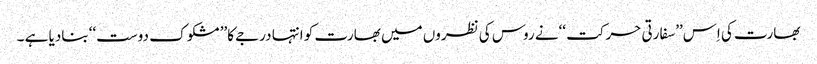
بھارت کی اِس’’سفارتی حرکت ‘‘نے روس کی نظروں میں بھارت کو انتہا درجے کا’’ مشکو ک دوست‘‘ بنادیا ہے ۔